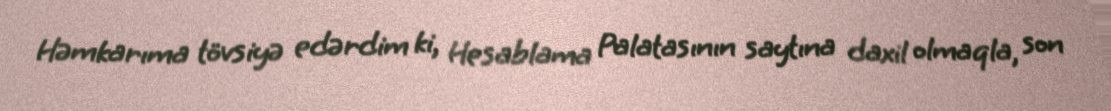
Həmkarıma tövsiyə edərdim ki, Hesablama Palatasının saytına daxil olmaqla, son